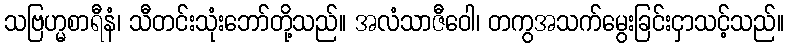
သဗြဟ္မစာရီနံ၊ သီတင်းသုံးဘော်တို့သည်။ အလံသာဇီဝေါ၊ တကွအသက်မွေးခြင်းငှာသင့်သည်။